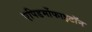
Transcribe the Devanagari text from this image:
एपिडर्मोफाइटॉन